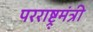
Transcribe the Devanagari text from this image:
परराष्ट्र्मंत्री